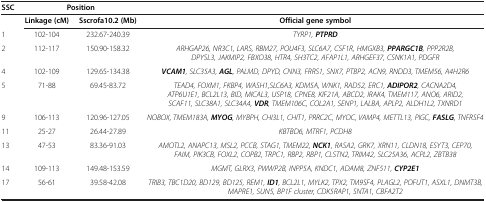
<table><thead><tr><td><b>SSC</b></td><td colspan="2"><b>Position</b></td><td><b> </b></td></tr></thead><tbody><tr><td> </td><td><b>Linkage (cM)</b></td><td><b>Sscrofa10.2 (Mb)</b></td><td><b>Official gene symbol</b></td></tr><tr><td>1</td><td>102-104</td><td>232.67-240.39</td><td><i>TYRP1,</i><b><i>PTPRD</i></b></td></tr><tr><td>2</td><td>112-117</td><td>150.90-158.32</td><td><i>ARHGAP26, NR3C1, LARS, RBM27, POU4F3, SLC6A7, CSF1R, HMGXB3,</i><b><i>PPARGC1B</i></b><i>, PPP2R2B, DPYSL3, JAKMIP2, FBXO38, HTR4, SH3TC2, AFAP1L1, ARHGEF37, CSNK1A1, PDGFR</i></td></tr><tr><td>4</td><td>102-109</td><td>129.65-134.38</td><td><b><i>VCAM1</i></b><i>, SLC35A3,</i><b><i>AGL</i></b><i>, PALMD, DPYD, CNN3, FRRS1, SNX7, PTBP2, ACN9, RNDD3, TMEM56, A4H2R6</i></td></tr><tr><td>5</td><td>71-88</td><td>69.45-83.72</td><td><i>TEAD4, FOXM1, FKBP4, WASH1,SLC6A3, KDM5A, WNK1, RAD52, ERC1,</i><b><i>ADIPOR2</i></b><i>, CACNA2D4, ATP6U1E1, BCL2L13, BID, MICAL3, USP18, CPNE8, KIF21A, ABCD2, IRAK4, TMEM117, ANO6, ARID2, SCAF11, SLC38A1, SLC34A4,</i><b><i>VDR</i></b><i>, TMEM106C, COL2A1, SENP1, LALBA, APLP2, ALDH1L2, TXNRD1</i></td></tr><tr><td>9</td><td>106-113</td><td>120.96-127.05</td><td><i>NOBOX, TMEM183A,</i><b><i>MYOG</i></b><i>, MYBPH, CHI3L1, CHIT1, PRRC2C, MYOC, VAMP4, METTL13, PIGC,</i><b><i>FASLG</i></b><i>, TNFRSF4</i></td></tr><tr><td>11</td><td>25-27</td><td>26.44-27.89</td><td><i>KBTBD6, MTRF1, PCDH8</i></td></tr><tr><td>13</td><td>47-53</td><td>83.36-91.03</td><td><i>AMOTL2, ANAPC13, MSL2, PCCB, STAG1, TMEM22,</i><b><i>NCK1</i></b><i>, RASA2, GRK7, XRN11, CLDN18, ESYT3, CEP70, FAIM, PIK3CB, FOXL2, COPB2, TRPC1, RBP2, RBP1, CLSTN2, TRIM42, SLC25A36, ACPL2, ZBTB38</i></td></tr><tr><td>14</td><td>109-113</td><td>149.48-153.59</td><td><i>MGMT, GLRX3, PWWP2B, INPP5A, KNDC1, ADAM8, ZNF511,</i><b><i>CYP2E1</i></b></td></tr><tr><td>17</td><td>56-61</td><td>39.58-42.08</td><td><i>TRIB3, TBC1D20, BD129, BD125, REM1,</i><b><i>ID1</i></b><i>, BCL2L1, MYLK2, TPX2, TM9SF4, PLAGL2, POFUT1, ASXL1, DNMT3B, MAPRE1, SUN5, BP1F cluster, CDK5RAP1, SNTA1, CBFA2T2</i></td></tr></tbody></table>